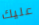
عليك